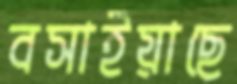
বসাইয়াছে